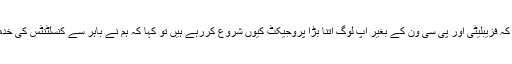
سوال اٹھایا کہ فزیبلیٹی اور پی سی ون کے بغیر آپ لوگ اتنا بڑا پروجیکٹ کیوں شروع کررہے ہیں تو کہا کہ ہم نے باہر سے کنسلٹنٹس کی خدمات لی ہیں۔